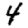
Digit: 4